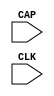
// $Header: /devl/xcs/repo/env/Databases/CAEInterfaces/xec_libs/data/unisims/CAPTUREE2.v,v 1.1 2010/11/23 20:34:47 vandanad Exp $
///////////////////////////////////////////////////////
//  Copyright (c) 2009 Xilinx Inc.
//  All Right Reserved.
///////////////////////////////////////////////////////
//
//   ____   ___
//  /   /\/   / 
// /___/  \  /     Vendor      : Xilinx 
// \  \    \/      Version     :  12.1
//  \  \           Description : 
//  /  /                      
// /__/   /\       Filename    : Xilinx Formal Library component - CAPTUREE2.v
// \  \  /  \ 
//  \__\/\__ \                    
//                                 
//  Generated by :	/home/chen/xfoundry/HEAD/env/Databases/CAEInterfaces/LibraryWriters/bin/ltw.pl
//  Revision:		1.0
///////////////////////////////////////////////////////

`timescale 1 ps / 1 ps 

module CAPTUREE2 (
  CAP,
  CLK
);

  parameter ONESHOT = "TRUE";

  input CAP;
  input CLK;

  endmodule